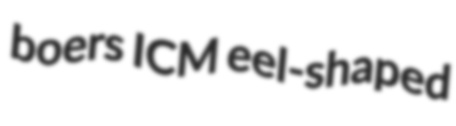
boers ICM eel-shaped